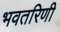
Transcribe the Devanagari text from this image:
भवतरिणी